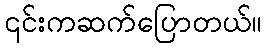
၎င်းကဆက်ပြောတယ်။